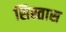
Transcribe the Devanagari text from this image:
सिस्तास